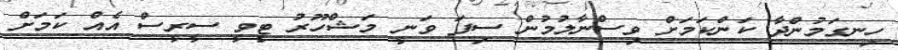
ހިނގަމުންދާ ކަންކަމަށް ވިސްނާލުމުން ސިފަ ވަނީ މަޝްހޫރު ޓީވީ ސީރީސް އެއް ކަމަށް